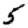
Digit: 5